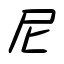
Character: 尼